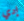
إدي